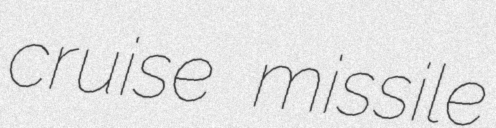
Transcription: cruise missile